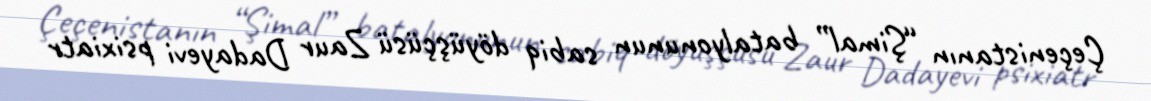
Çeçenistanın “Şimal” batalyonunun sabiq döyüşçüsü Zaur Dadayevi psixiatr